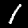
Digit: 1